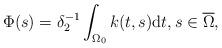
LaTeX: \begin{align*} \Phi(s) = \delta^{-1}_2 \int_{\Omega_0} k(t,s) \textup dt, s \in \overline{\Omega},\end{align*}